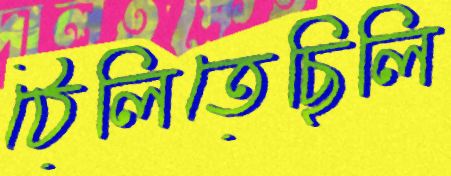
ঠেলিতেছিলি